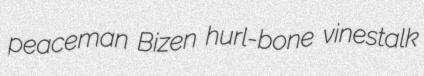
peaceman Bizen hurl-bone vinestalk